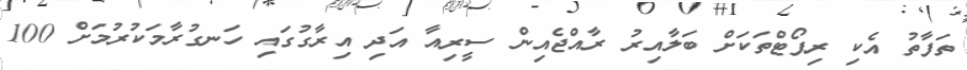
ތަފާތު އެކި ރިޕޯޓްތަކަށް ބަލާއިރު ރާއްޖެއިން ސީރިއާ އަދި އިރާގުގައި ހަނގުރާމަކުރުމަށް 100